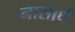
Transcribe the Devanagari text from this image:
नासार्ध